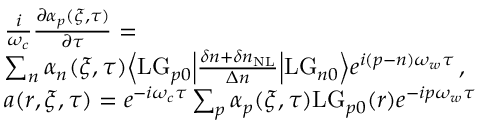
\begin{array} { r l } & { \frac { i } { \omega _ { c } } \frac { \partial \alpha _ { p } ( \xi , \tau ) } { \partial \tau } = } \\ & { \sum _ { n } \alpha _ { n } ( \xi , \tau ) \Big \langle \mathrm { L G } _ { p 0 } \Big | \frac { \delta n + \delta n _ { \mathrm { N L } } } { \Delta n } \Big | \mathrm { L G } _ { n 0 } \Big \rangle e ^ { i ( p - n ) \omega _ { w } \tau } \, , } \\ & { a ( r , \xi , \tau ) = e ^ { - i \omega _ { c } \tau } \sum _ { p } \alpha _ { p } ( \xi , \tau ) \mathrm { L G } _ { p 0 } ( r ) e ^ { - i p \omega _ { w } \tau } } \end{array}